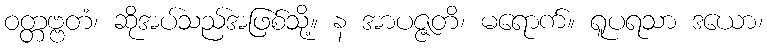
ဝတ္တဗ္ဗတံ၊ ဆိုအပ်သည်အဖြစ်သို့။ န အာပဇ္ဇတိ၊ မရောက်။ ရူပရသာ ဒယော၊